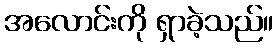
အလောင်းကို ရှာခဲ့သည်။